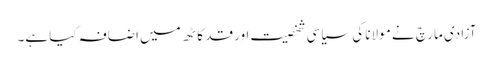
آزادی مارچ نے مولانا کی سیاسی شخصیت اور قد کاٹھ میں اضافہ کیا ہے۔